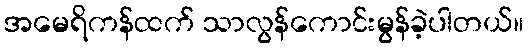
အမေရိကန်ထက် သာလွန်ကောင်းမွန်ခဲ့ပါတယ်။